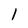
Character: 1